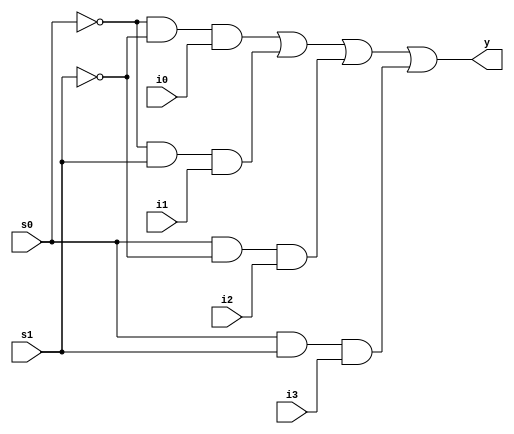
module mux4x1 (i0, i1, i2, i3, s0, s1, y);
input i0, i1, i2, i3, s0, s1;
output y;

assign y = ((~s0) & (~s1) & i0) | ((~s0) & s1 & i1) | (s0 & (~s1)& i2) | (s0 & s1 & i3);

endmodule